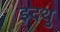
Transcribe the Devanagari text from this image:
इदथु